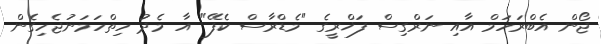
ޖޯން އެބްރަހަމް އާއި ނަރްގިސް ފަޚްރީގެ "މެޑްރާސް ކެފޭ" އާ މެދު ހިތްހަމަނުޖެހިގެން